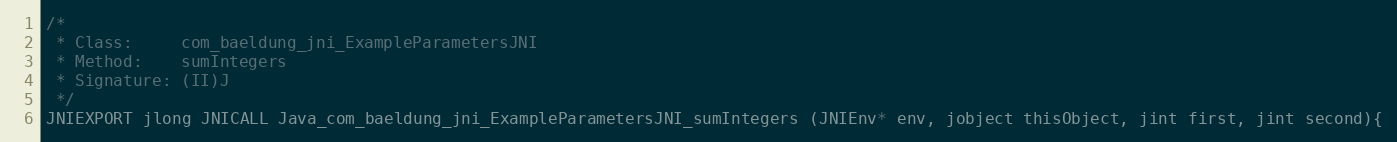
Language: C++
/*
 * Class:     com_baeldung_jni_ExampleParametersJNI
 * Method:    sumIntegers
 * Signature: (II)J
 */
JNIEXPORT jlong JNICALL Java_com_baeldung_jni_ExampleParametersJNI_sumIntegers (JNIEnv* env, jobject thisObject, jint first, jint second){